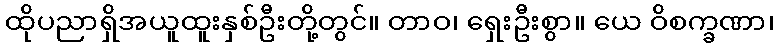
ထိုပညာရှိအယူထူးနှစ်ဦးတို့တွင်။ တာဝ၊ ရှေးဦးစွာ။ ယေ ဝိစက္ခဏာ၊